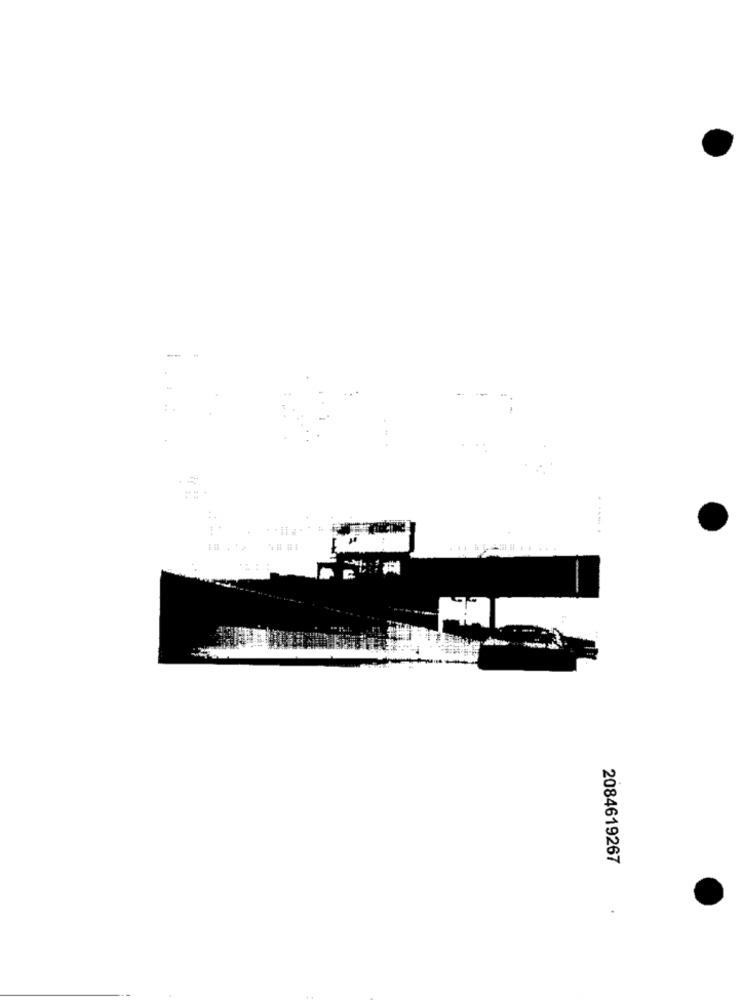
2084619267